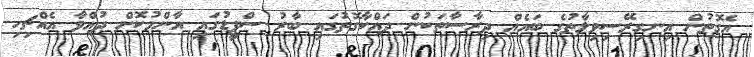
އެގޮތުން އިނގިރޭސިވިލާތުގެ ބައެއް ދިރާސާތަކުން ދައްކާގޮތުގައި ބާރު ސްޕީޑުގައި އާންމުކޮށް ދުއްވާ އެއްޗިހި